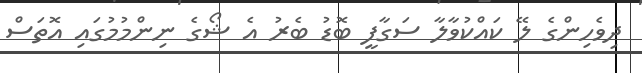
ދިވެހިންގެ ލޭ ކައްކުވާލާ ސަގާފީ ބޮޑު ބެރު އެ ޝޯގެ ނިންމުމުގައި އޮތަސް